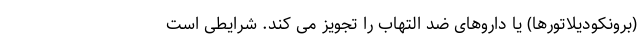
(برونکودیلاتورها) یا داروهای ضد التهاب را تجویز می کند. شرایطی است